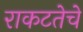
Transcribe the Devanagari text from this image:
राकटतेचे